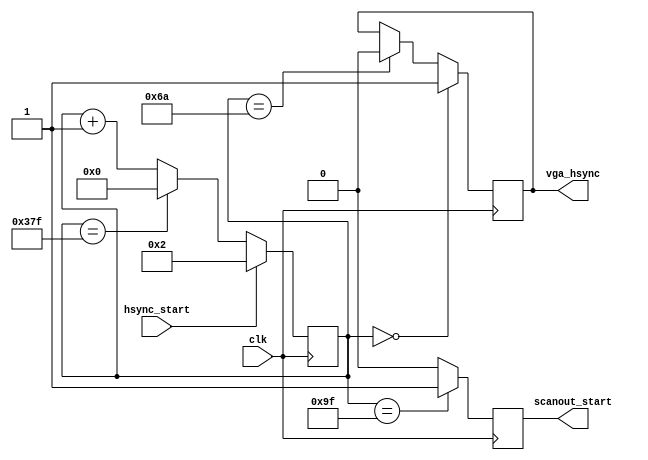
module vga_synch(

	input clk,

	output reg  vga_hsync,

	output reg scanout_start,

	input  wire hsync_start
);


//	localparam HSYNC_BEG = 9'd00;
//	localparam HSYNC_END = 10'd96;

//	localparam SCANOUT_BEG = 10'd112;

	localparam HSYNC_END	= 10'd106;
	localparam SCANOUT_BEG	= 10'd159;

	localparam HPERIOD = 10'd896;


	reg [9:0] hcount;




	initial
	begin
		hcount = 9'd0;
		vga_hsync = 1'b0;
	end



	always @(posedge clk)
	begin
			if( hsync_start )
				hcount <= 10'd2;
			else if ( hcount==(HPERIOD-9'd1) )
				hcount <= 10'd0;
			else
				hcount <= hcount + 9'd1;
	end


	always @(posedge clk)
	begin
		if( !hcount )
			vga_hsync <= 1'b1;
		else if( hcount==HSYNC_END )
			vga_hsync <= 1'b0;
	end


	always @(posedge clk)
	begin
		if( hcount==SCANOUT_BEG )
			scanout_start <= 1'b1;
		else
			scanout_start <= 1'b0;
	end


endmodule